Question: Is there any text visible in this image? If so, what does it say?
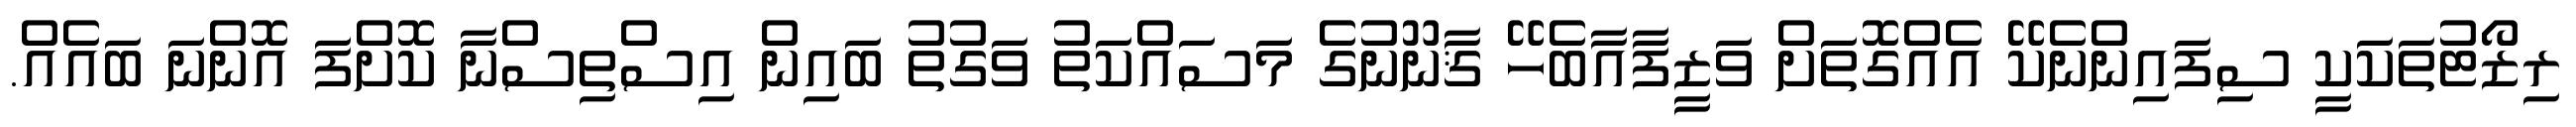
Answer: ރިޒޯޓުތަކަކީ ސިފައިންނެކޭ އެއްގޮތަށް ވަޒީފާއާބެހޭ ޤާނޫނުގެ މަސައްކަތު ވަގުތު ބައިން އިސްތިސްނާ ކޮށްފަ އޮންނަ ބައެއް.